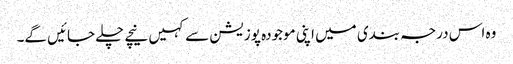
وہ اس درجہ بندی میں اپنی موجودہ پوزیشن سے کہیں نیچے چلے جائیں گے۔